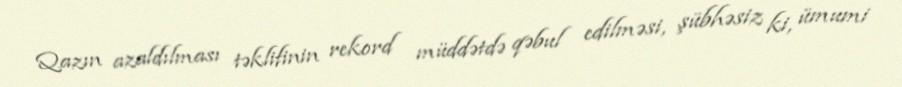
Qazın azaldılması təklifinin rekord müddətdə qəbul edilməsi, şübhəsiz ki, ümumi